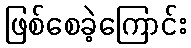
ဖြစ်စေခဲ့ကြောင်း